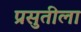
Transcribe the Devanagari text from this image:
प्रसुतीला